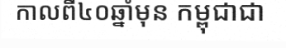
កាលពី៤០ឆ្នាំមុន កម្ពុជាជា